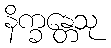
နိက္ခန္တေသု